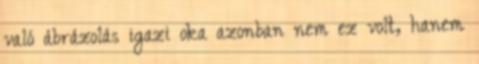
való ábrázolás igazi oka azonban nem ez volt, hanem